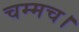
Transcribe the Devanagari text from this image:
चम्मच।